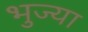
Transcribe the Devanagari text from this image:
भुज्या